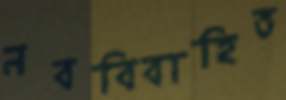
নববিবাহিত